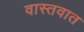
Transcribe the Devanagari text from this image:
वास्‍तवात